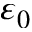
\varepsilon _ { 0 }